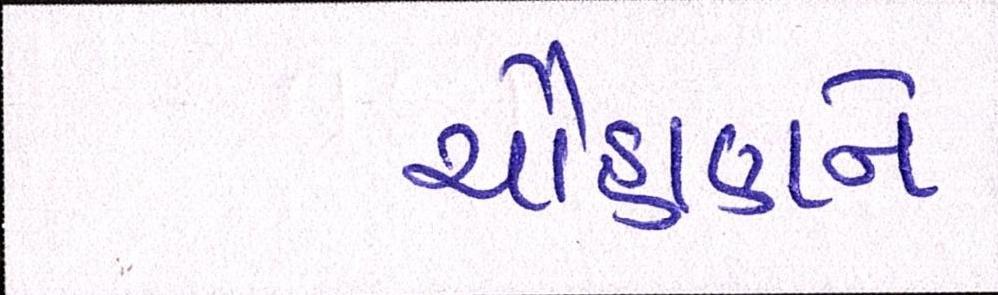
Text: ચૌહાણને